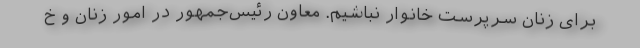
برای زنان سرپرست خانوار نباشیم. معاون رئیس‌جمهور در امور زنان و خ